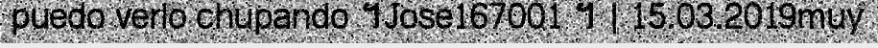
puedo verlo chupando ។Jose167001 ។ | 15.03.2019muy